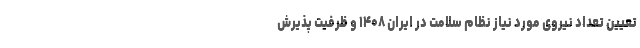
تعیین تعداد نیروی مورد نیاز نظام سلامت در ایران ۱۴۰۸ و ظرفیت پذیرش